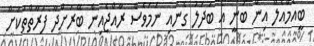
ބީއެމްއެލް އިން ބުނީ އެ ބަދަލު ގެނައި ނަމަވެސް ރާއްޖެއިން ބޭރަށްދާ ފަރާތްތަކަށް